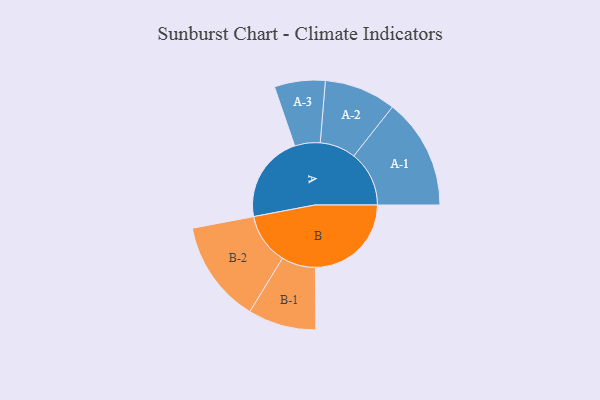
{"axis": {"x": "Segment", "y": "Value"}, "legend": ["", "A", "B"], "data": [{"x": "A", "y": 427, "type": ""}, {"x": "B", "y": 468, "type": ""}, {"x": "A-1", "y": 270, "type": "A"}, {"x": "A-2", "y": 175, "type": "A"}, {"x": "A-3", "y": 124, "type": "A"}, {"x": "B-1", "y": 166, "type": "B"}, {"x": "B-2", "y": 250, "type": "B"}]}